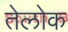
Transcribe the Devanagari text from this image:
तेलोक